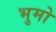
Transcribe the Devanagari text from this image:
भुमो